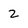
Character: 2